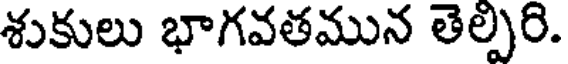
శుకులు భాగవతమున తెల్పిరి.